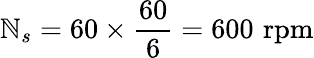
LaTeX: \mathbb{N}_{s}=60\times{\frac{{60}}{{6}}}=600\, \, {\mathrm{{rpm}}}